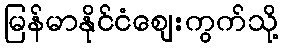
မြန်မာနိုင်ငံဈေးကွက်သို့